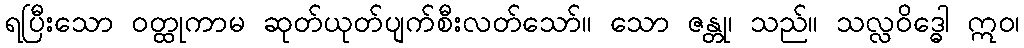
ရပြီးသော ဝတ္ထုကာမ ဆုတ်ယုတ်ပျက်စီးလတ်သော်။ သော ဇန္တု၊ သည်။ သလ္လဝိဒ္ဓေါ ဣဝ၊